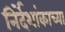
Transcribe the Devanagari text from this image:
निर्देशांकाच्या